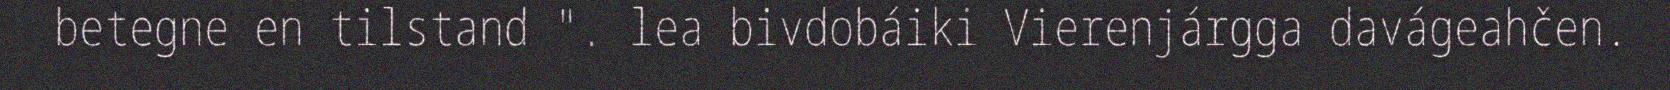
betegne en tilstand ". lea bivdobáiki Vierenjárgga davágeahčen.